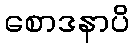
စောဒနာပိ